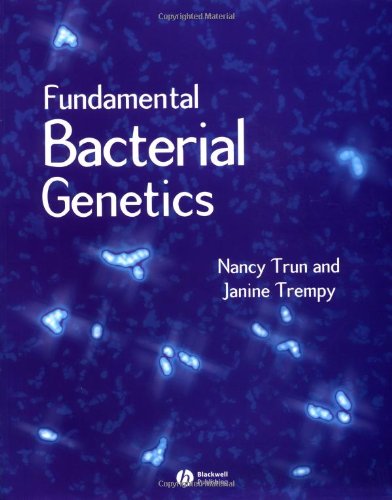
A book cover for Fundamental Bacterial Genetics; Nancy Jo Trun; Medical Books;